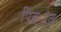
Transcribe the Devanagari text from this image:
पिढ्यांत